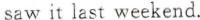
saw it last weekend.